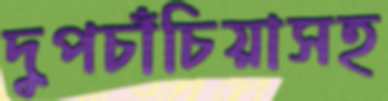
দুপচাঁচিয়াসহ